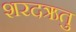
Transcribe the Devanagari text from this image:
शरदऋतु